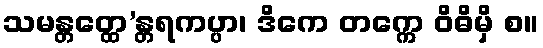
သမန္တတ္ထေ’န္တရကပ္ပာ၊ ဒိကေ တက္ကေ ဝိဓိမှိ စ။